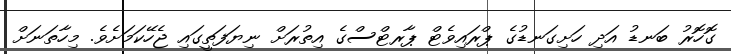
ގޮހޮރު ބަނޑު އަދި ހަށިގަނޑުގެ ޕްރައިވެޓް ޕާރޓްސްގެ އިތުރަށް ނިޔަފަތީގައި ޖެހޭކަމަށެވެ. މިހާތަނަށް